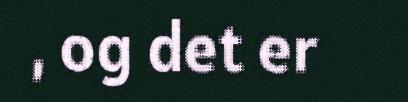
, og det er